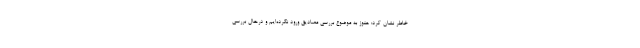
خاطر نشان کرد: هنوز به موضوع بررسی مصادیق ورود نکرده‌ایم و درحال بررسی